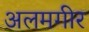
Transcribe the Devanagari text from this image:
अलमगीर